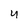
Character: 4